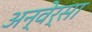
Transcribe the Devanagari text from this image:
अन्वेर्सा